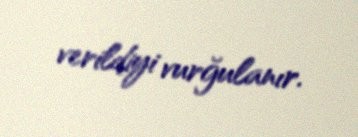
verildiyi vurğulanır.